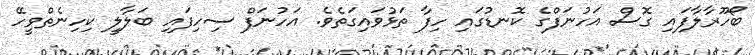
ބޯހޫރާލާފައި ގޮސް އަހުނަފްގެ ކޮނޑުގައި ހިފާ ތަޅުވައިގަތެވެ. އަހުނަފް ސިހިފައި ބަލާލީ ކިހިނެތްވީހޭ